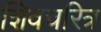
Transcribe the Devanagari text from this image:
शिवचरित्र